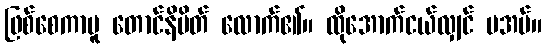
ဖြစ်စေကာမူ တောင်နိမိတ် လောက်၏။ ထိုအောက်ငယ်လျှင် မအပ်။